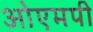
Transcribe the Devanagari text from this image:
ओएमपी